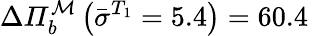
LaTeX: \Delta\mathit{\Pi}_{b}^{\mathcal{M}}\left(\bar{\sigma}^{T_{1}}=5.4\right)=60.4\